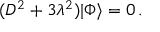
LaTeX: ( { \cal D } ^ { 2 } + 3 \lambda ^ { 2 } ) | \Phi \rangle = 0 \, .